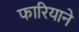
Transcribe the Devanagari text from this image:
फारियाने